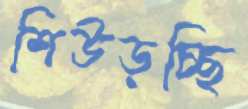
শিউড়চ্ছি